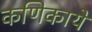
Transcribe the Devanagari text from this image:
कणिकायें